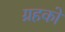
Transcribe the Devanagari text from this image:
ग्रहको